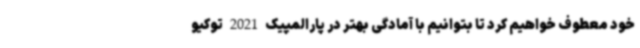
خود معطوف خواهیم کرد تا بتوانیم با آمادگی بهتر در پارالمپیک 2021 توکیو